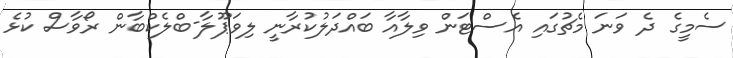
ސެމީގެ ދެ ވަނަ މެޗުގައި އެސްޓަން ވިލާއާ ބައްދަލުކުރާނީ ލިވަޕޫލާ-ބްލެކްބާން ރޯވާސް ކުޅެ